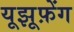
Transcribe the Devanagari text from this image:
यूझूफ़ेंग